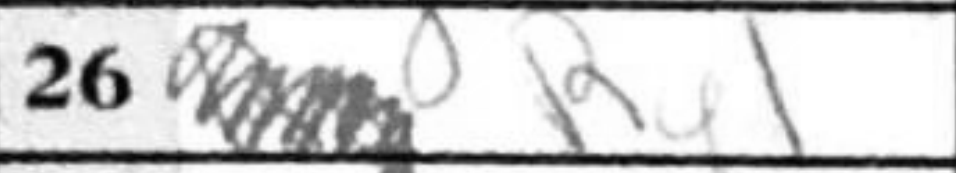
Transcription: Rg1